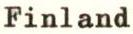
Finland